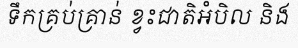
ទឹកគ្រប់គ្រាន់ ខ្វះជាតិអំបិល និង